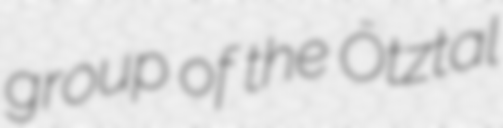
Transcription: group of the Ötztal